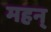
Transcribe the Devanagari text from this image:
महन्